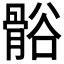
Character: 𬴒